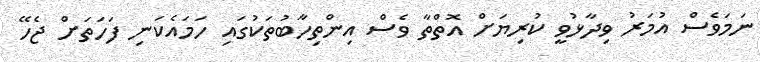
ނަމަވެސް އުމަރު ވިދާޅުވީ ކުރިޔަށް އޮތްތާ ވެސް އިންތިހާބުތަކުގައި ހަމައެކަނި ފަހަތަށް ޖެހޭ